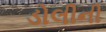
ડોલીની